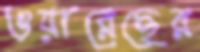
ওয়ারেছের